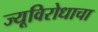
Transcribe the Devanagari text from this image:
ज्यूविरोधाचा